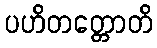
ပဟိတတ္တောတိ